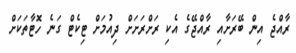
ރާއްޖެ އިން ބޭރަށާއި ރާއްޖޭގެ އެކި ރަށްރަށަށް ދިއުމަށް ޓިކެޓް ގަނެ ހޮޓާތަކަށް